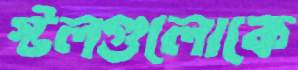
স্টলগুলোকে